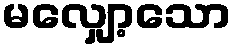
မလျှော့သော